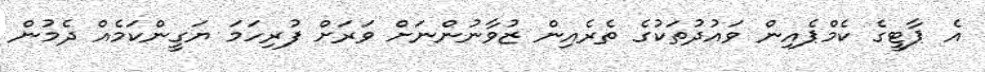
އެ ޕާޓީގެ ކެމްޕެއިން ވައުދުތަކުގެ ތެރެއިން ޒުވާނުންނަށް ވަރަށް ފުރިހަމަ ޔަގީންކަމެއް ދެމުން